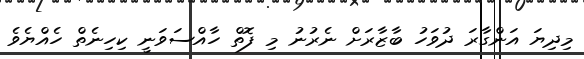
މިދިޔަ އަންގާރަ ދުވަހު ބާޒާރަށް ނެރުނު މި ފޮތް ހާއްސަވަނީ ކިހިނެތް ހެއްޔެވެ